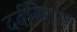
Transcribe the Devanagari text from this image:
दर्दनिवारण